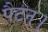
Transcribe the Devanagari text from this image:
पैटन।